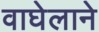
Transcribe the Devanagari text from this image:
वाघेलाने